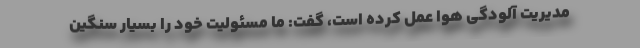
مدیریت آلودگی هوا عمل کرده است، گفت: ما مسئولیت خود را بسیار سنگین